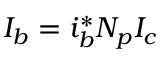
I _ { b } = i _ { b } ^ { * } N _ { p } I _ { c }